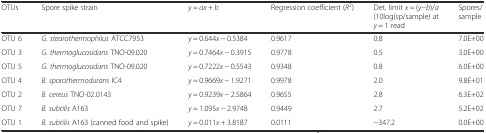
<table><thead><tr><td><b>OTUs</b></td><td><b>Spore spike strain</b></td><td><b><i>y</i> = <i>ax</i> + <i>b</i></b></td><td><b>Regression coefficient (<i>R</i><sup>2</sup>)</b></td><td><b>Det. limit <i>x</i> = (<i>y</i>−<i>b</i>)/<i>a</i> (10log(sp/sample) at <i>y</i> = 1 read</b></td><td><b>Spores/sample</b></td></tr></thead><tbody><tr><td>OTU 6</td><td><i>G. stearothermophilus</i> ATCC7953</td><td><i>y</i> = 0.644<i>x</i> − 0.5384</td><td>0.9617</td><td>0.8</td><td>7.0E+00</td></tr><tr><td>OTU 3</td><td><i>G. thermoglucosidans</i> TNO-09.020</td><td><i>y</i> = 0.7464<i>x</i> − 0.3915</td><td>0.9778</td><td>0.5</td><td>3.0E+00</td></tr><tr><td>OTU 5</td><td><i>G. thermoglucosidans</i> TNO-09.020</td><td><i>y</i> = 0.7222<i>x</i> − 0.5543</td><td>0.9348</td><td>0.8</td><td>6.0E+00</td></tr><tr><td>OTU 4</td><td><i>B. sporothermodurans</i> IC4</td><td><i>y</i> = 0.9669<i>x</i> − 1.9271</td><td>0.9978</td><td>2.0</td><td>9.8E+01</td></tr><tr><td>OTU 2</td><td><i>B. cereus</i> TNO-02.0143</td><td><i>y</i> = 0.9239<i>x</i> − 2.5864</td><td>0.9655</td><td>2.8</td><td>6.3E+02</td></tr><tr><td>OTU 7</td><td><i>B. subtilis</i> A163</td><td><i>y</i> = 1.095<i>x</i> − 2.9748</td><td>0.9449</td><td>2.7</td><td>5.2E+02</td></tr><tr><td>OTU 1</td><td><i>B. subtilis</i> A163 (canned food and spike)</td><td><i>y</i> = 0.011<i>x</i> + 3.8187</td><td>0.0111</td><td>−347.2</td><td>0.0E+00</td></tr></tbody></table>